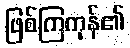
ဖြစ်ကြကုန်၏